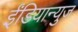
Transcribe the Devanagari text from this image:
ईंडियान्युज